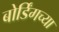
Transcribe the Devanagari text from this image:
बोर्डिंगच्या